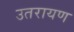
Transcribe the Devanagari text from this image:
उतरायण